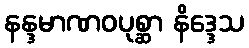
နန္ဒမာဏဝပုစ္ဆာ နိဒ္ဒေသ